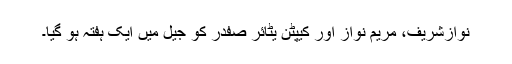
نوازشریف، مریم نواز اور کیپٹن یٹائر صفدر کو جیل میں ایک ہفتہ ہو گیا۔